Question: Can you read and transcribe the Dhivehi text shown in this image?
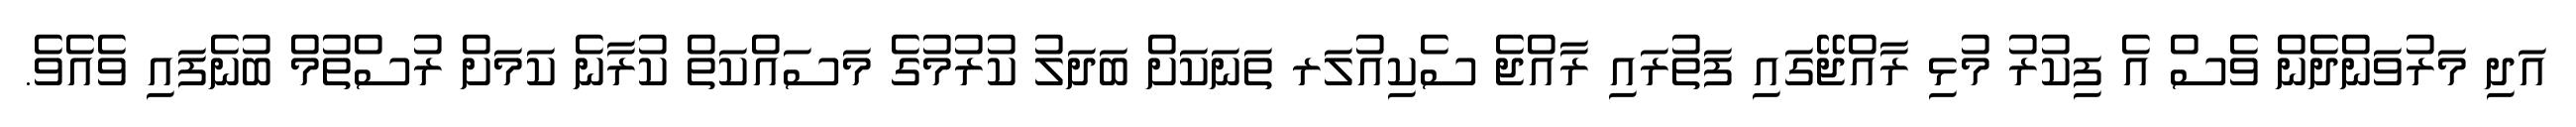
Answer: އަދި މަރުވަންދެން ވެސް އެ ފިކުރު މުޅި ރާއްޖޭގައި ފަތުރައި ރާއްޖެ ސެކިއުލަރ ތަނަކަށް ބަދަލު ކުރުމުގެ މަސައްކަތް ކުރާނެ ކަމަށް ރުސްތުމް ބުނެފައި ވެއެވެ.